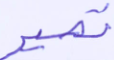
تصير